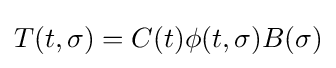
T(t,\sigma )=C(t)\phi (t,\sigma )B(\sigma )